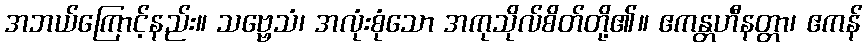
အဘယ်ကြောင့်နည်း။ သဗ္ဗေသံ၊ အလုံးစုံသော အကုသိုလ်စိတ်တို့၏။ ဧကန္တဟီနတ္တာ၊ ဧကန်